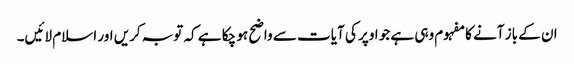
ان کے باز آنے کا مفہوم وہی ہے جو اوپر کی آیات سے واضح ہو چکا ہے کہ توبہ کریں اور اسلام لائیں۔